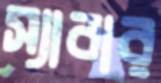
স্যাবার